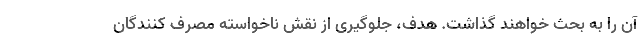
آن را به بحث خواهند گذاشت. هدف، جلوگیری از نقش ناخواسته مصرف کنندگان